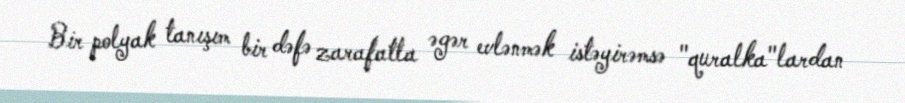
Bir polyak tanışım bir dəfə zarafatla əgər evlənmək istəyirəmsə "quralka"lardan